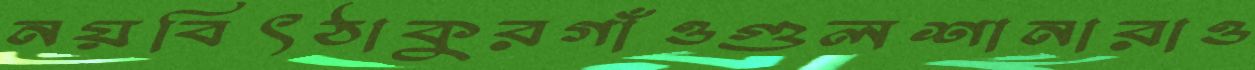
নয়বিৎঠাকুরগাঁওগুলশানারাও